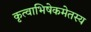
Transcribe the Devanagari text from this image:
कृत्वाभिषेकमेतस्य